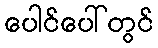
ပေါင်ပေါ်တွင်